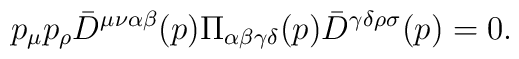
p_\mu p_\rho{\bar D}^{\mu\nu\alpha\beta}(p)\Pi_{\alpha\beta\gamma\delta}(p){\bar D}^{\gamma\delta\rho\sigma}(p)=0.